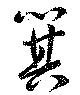
箕